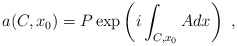
\begin{align*}a(C,x_0)= P \exp \left( i \int_{C,x_0} A dx \right) ~,\end{align*}